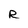
Character: R